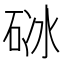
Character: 𥒜